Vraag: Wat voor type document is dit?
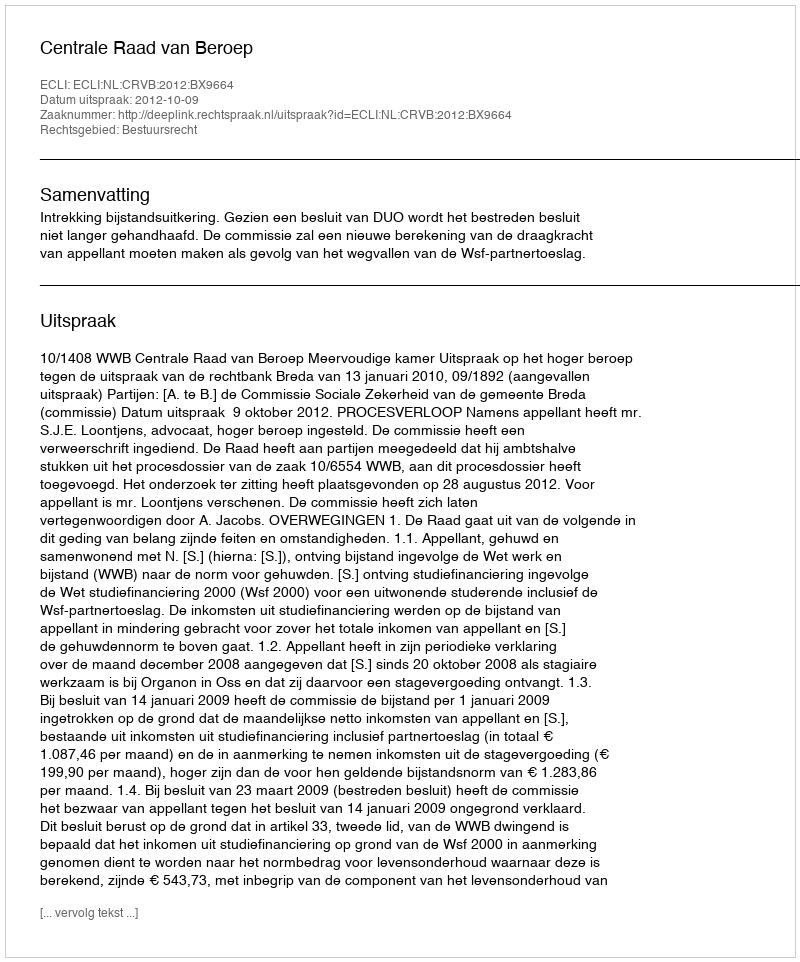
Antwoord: Uitspraak